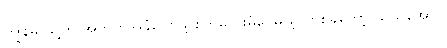
ကျွန်မ သူ့ကို အတိုက်အခံပြောဖို့ စိတ်မကူးမိပေမယ့် တစ်ခုတော့ သူသိအောင်